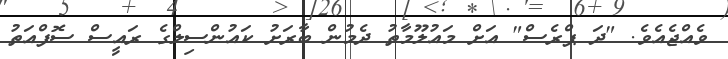
ވެއްޖެއެވެ. "ދަ ޕްރެސް" އަށް މައުލޫމާތު ދެމުން ބާރަށު ކައުންސިލްގެ ރައީސް ސޮފްއަތު